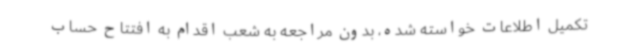
تکمیل اطلاعات خواسته شده، بدون مراجعه به شعب اقدام به افتتاح حساب